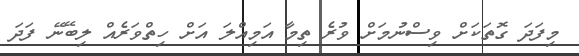
މިފަދަ ގޮތަކަށް ވިސްނުމަށް ވުރެ ތިމާ އަމިއްލަ އަށް ހިތްވަރެއް ލިބޭނޭ ފަދަ